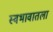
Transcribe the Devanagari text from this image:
स्वभावातला